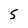
Character: 5